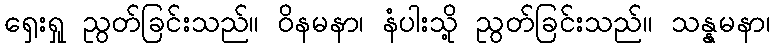
ရှေးရှု ညွတ်ခြင်းသည်။ ဝိနမနာ၊ နံပါးသို့ ညွတ်ခြင်းသည်။ သန္နမနာ၊